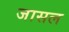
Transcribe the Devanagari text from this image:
जासल